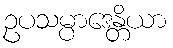
ဥပသမ္ပာဒေန္တိယာ